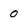
Character: 0